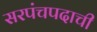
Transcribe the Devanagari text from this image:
सरपंचपदाची